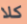
كلا